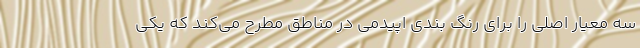
سه معیار اصلی را برای رنگ بندی اپیدمی در مناطق مطرح می‌کند که یکی